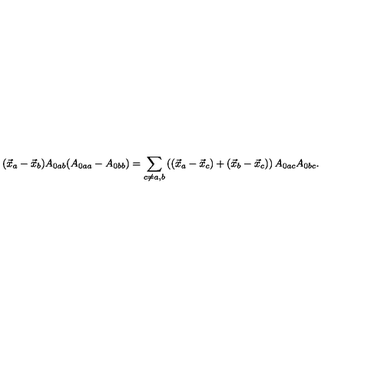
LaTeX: ( \vec { x } _ { a } - \vec { x } _ { b } ) A _ { 0 a b } ( A _ { 0 a a } - A _ { 0 b b } ) = \displaystyle { \sum _ { c \neq a , b } \left( ( \vec { x } _ { a } - \vec { x } _ { c } ) + ( \vec { x } _ { b } - \vec { x } _ { c } ) \right) A _ { 0 a c } A _ { 0 b c } } .